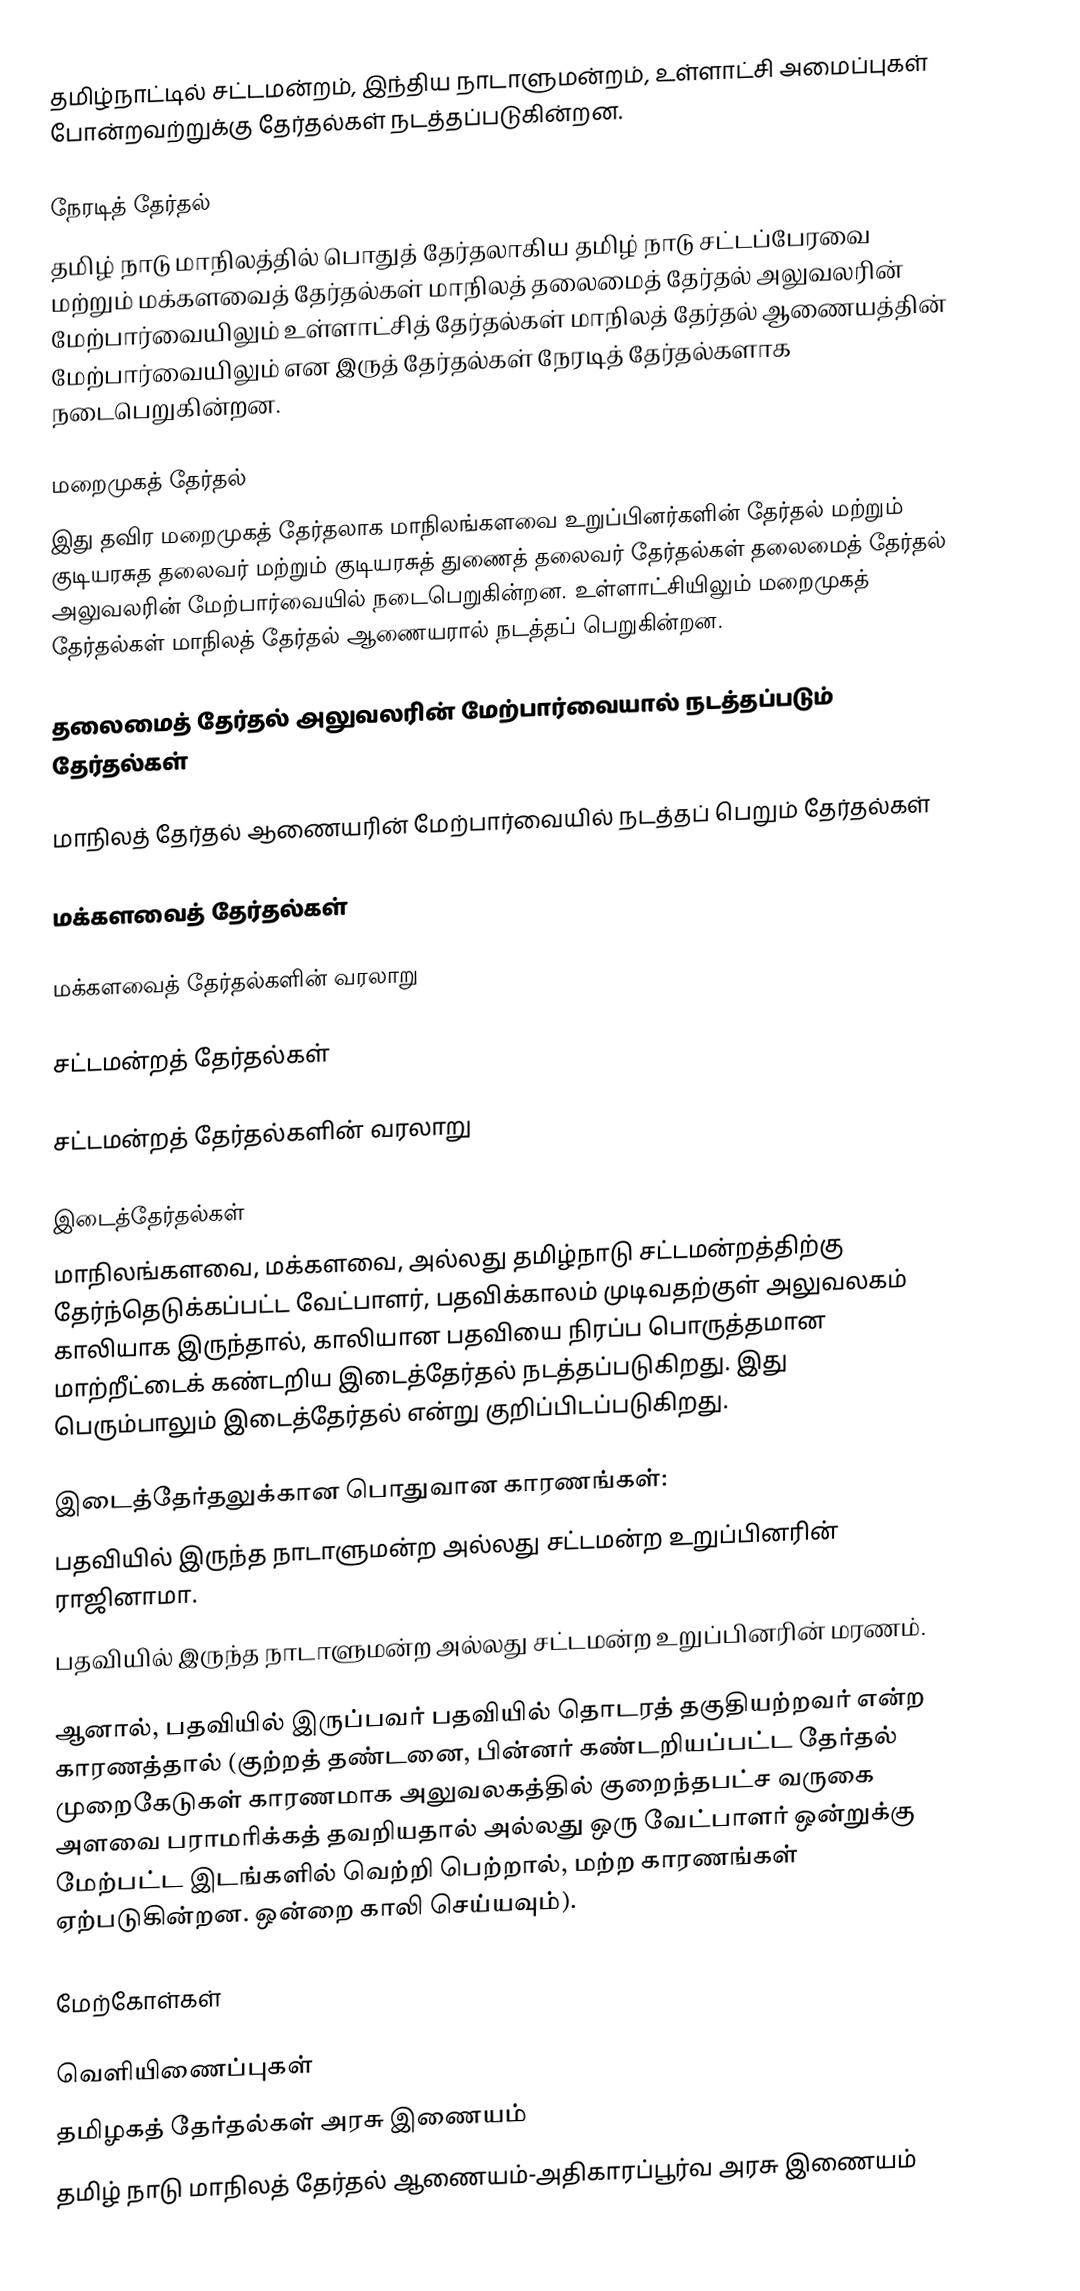
தமிழ்நாட்டில் சட்டமன்றம், இந்திய நாடாளுமன்றம், உள்ளாட்சி அமைப்புகள் போன்றவற்றுக்கு தேர்தல்கள் நடத்தப்படுகின்றன.

நேரடித் தேர்தல்
தமிழ் நாடு மாநிலத்தில் பொதுத் தேர்தலாகிய தமிழ் நாடு சட்டப்பேரவை மற்றும் மக்களவைத் தேர்தல்கள் மாநிலத் தலைமைத் தேர்தல் அலுவலரின் மேற்பார்வையிலும் உள்ளாட்சித் தேர்தல்கள் மாநிலத் தேர்தல் ஆணையத்தின் மேற்பார்வையிலும் என இருத் தேர்தல்கள் நேரடித் தேர்தல்களாக  நடைபெறுகின்றன.

மறைமுகத் தேர்தல்
இது தவிர மறைமுகத் தேர்தலாக மாநிலங்களவை உறுப்பினர்களின் தேர்தல் மற்றும் குடியரசுத தலைவர் மற்றும் குடியரசுத் துணைத் தலைவர் தேர்தல்கள் தலைமைத் தேர்தல் அலுவலரின் மேற்பார்வையில் நடைபெறுகின்றன. உள்ளாட்சியிலும் மறைமுகத் தேர்தல்கள் மாநிலத் தேர்தல் ஆணையரால் நடத்தப் பெறுகின்றன.

தலைமைத் தேர்தல் அலுவலரின் மேற்பார்வையால் நடத்தப்படும் தேர்தல்கள்

மாநிலத் தேர்தல் ஆணையரின் மேற்பார்வையில் நடத்தப் பெறும் தேர்தல்கள்

மக்களவைத் தேர்தல்கள்

மக்களவைத் தேர்தல்களின் வரலாறு

சட்டமன்றத் தேர்தல்கள்

சட்டமன்றத் தேர்தல்களின் வரலாறு

இடைத்தேர்தல்கள்
மாநிலங்களவை, மக்களவை, அல்லது தமிழ்நாடு சட்டமன்றத்திற்கு தேர்ந்தெடுக்கப்பட்ட வேட்பாளர், பதவிக்காலம் முடிவதற்குள் அலுவலகம் காலியாக இருந்தால், காலியான பதவியை நிரப்ப பொருத்தமான மாற்றீட்டைக் கண்டறிய இடைத்தேர்தல் நடத்தப்படுகிறது. இது பெரும்பாலும் இடைத்தேர்தல் என்று குறிப்பிடப்படுகிறது.

இடைத்தேர்தலுக்கான பொதுவான காரணங்கள்:
பதவியில் இருந்த நாடாளுமன்ற அல்லது சட்டமன்ற உறுப்பினரின் ராஜினாமா.
பதவியில் இருந்த நாடாளுமன்ற அல்லது சட்டமன்ற உறுப்பினரின் மரணம்.

ஆனால், பதவியில் இருப்பவர் பதவியில் தொடரத் தகுதியற்றவர் என்ற காரணத்தால் (குற்றத் தண்டனை, பின்னர் கண்டறியப்பட்ட தேர்தல் முறைகேடுகள் காரணமாக அலுவலகத்தில் குறைந்தபட்ச வருகை அளவை பராமரிக்கத் தவறியதால் அல்லது ஒரு வேட்பாளர் ஒன்றுக்கு மேற்பட்ட இடங்களில் வெற்றி பெற்றால், மற்ற காரணங்கள் ஏற்படுகின்றன. ஒன்றை காலி செய்யவும்).

மேற்கோள்கள்

வெளியிணைப்புகள்
தமிழகத் தேர்தல்கள் அரசு இணையம்
தமிழ் நாடு மாநிலத் தேர்தல் ஆணையம்-அதிகாரப்பூர்வ அரசு இணையம்